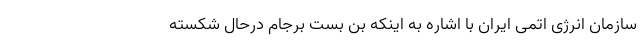
سازمان انرژی اتمی ایران با اشاره به اینکه بن بست برجام درحال شکسته